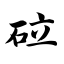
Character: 砬